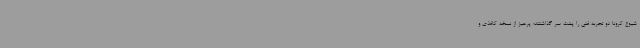
شیوع کرونا دو تجربه غنی را پشت سر گذاشتند؛ پرهیز از نسخه کاغذی و